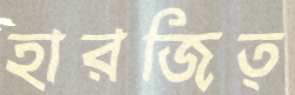
হারজিত্